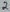
Text: 2